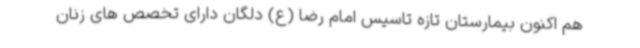
هم اکنون بیمارستان تازه تاسیس امام رضا (ع) دلگان دارای تخصص های زنان